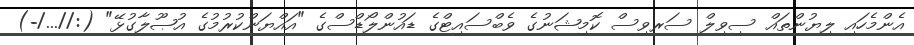
އެންމެހައި ލިޔުންތައް ސިވިލް ސަރވިސް ކޮމިޝަނުގެ ވެބްސައިޓްގެ ޑައުންލޯޑްސްގެ "އައްޔަންކުރުމުގެ އުޞޫލާގުޅޭ" (://.../-)